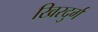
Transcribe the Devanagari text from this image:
खिरदुर्ग